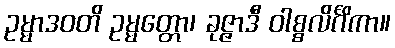
ဥမ္မာဒဝတိ ဥမ္မတ္တော၊ ခုဇ္ဇာဒီ ဝါစ္စလိင်္ဂိကာ။